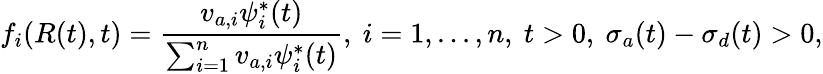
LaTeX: f_{i}(R(t),t)=\frac{v_{a,i}\psi_{i}^{*}(t)}{\sum_{i=1}^{n}v_{a,i}\psi_{i}^{*}(t)},\ i=1,...,n,\ t>0,\ \sigma_{a}(t)-\sigma_{d}(t)>0,